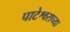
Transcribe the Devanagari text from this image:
पाटेश्वराच्या